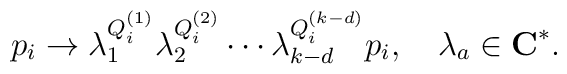
p_i \rightarrow \lambda_1^{Q_i^{(1)}}\lambda_2^{Q_i^{(2)}} \cdots\lambda_{k-d}^{Q_i^{(k-d)}} p_i, \quad\lambda_a \in {\bf C}^*.